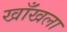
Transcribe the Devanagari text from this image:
खाँखला